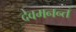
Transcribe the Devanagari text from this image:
देवमनन्तं